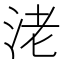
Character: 㳣